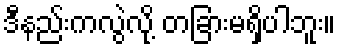
ဒီနည်းကလွဲလို့ တခြားမရှိပါဘူး။